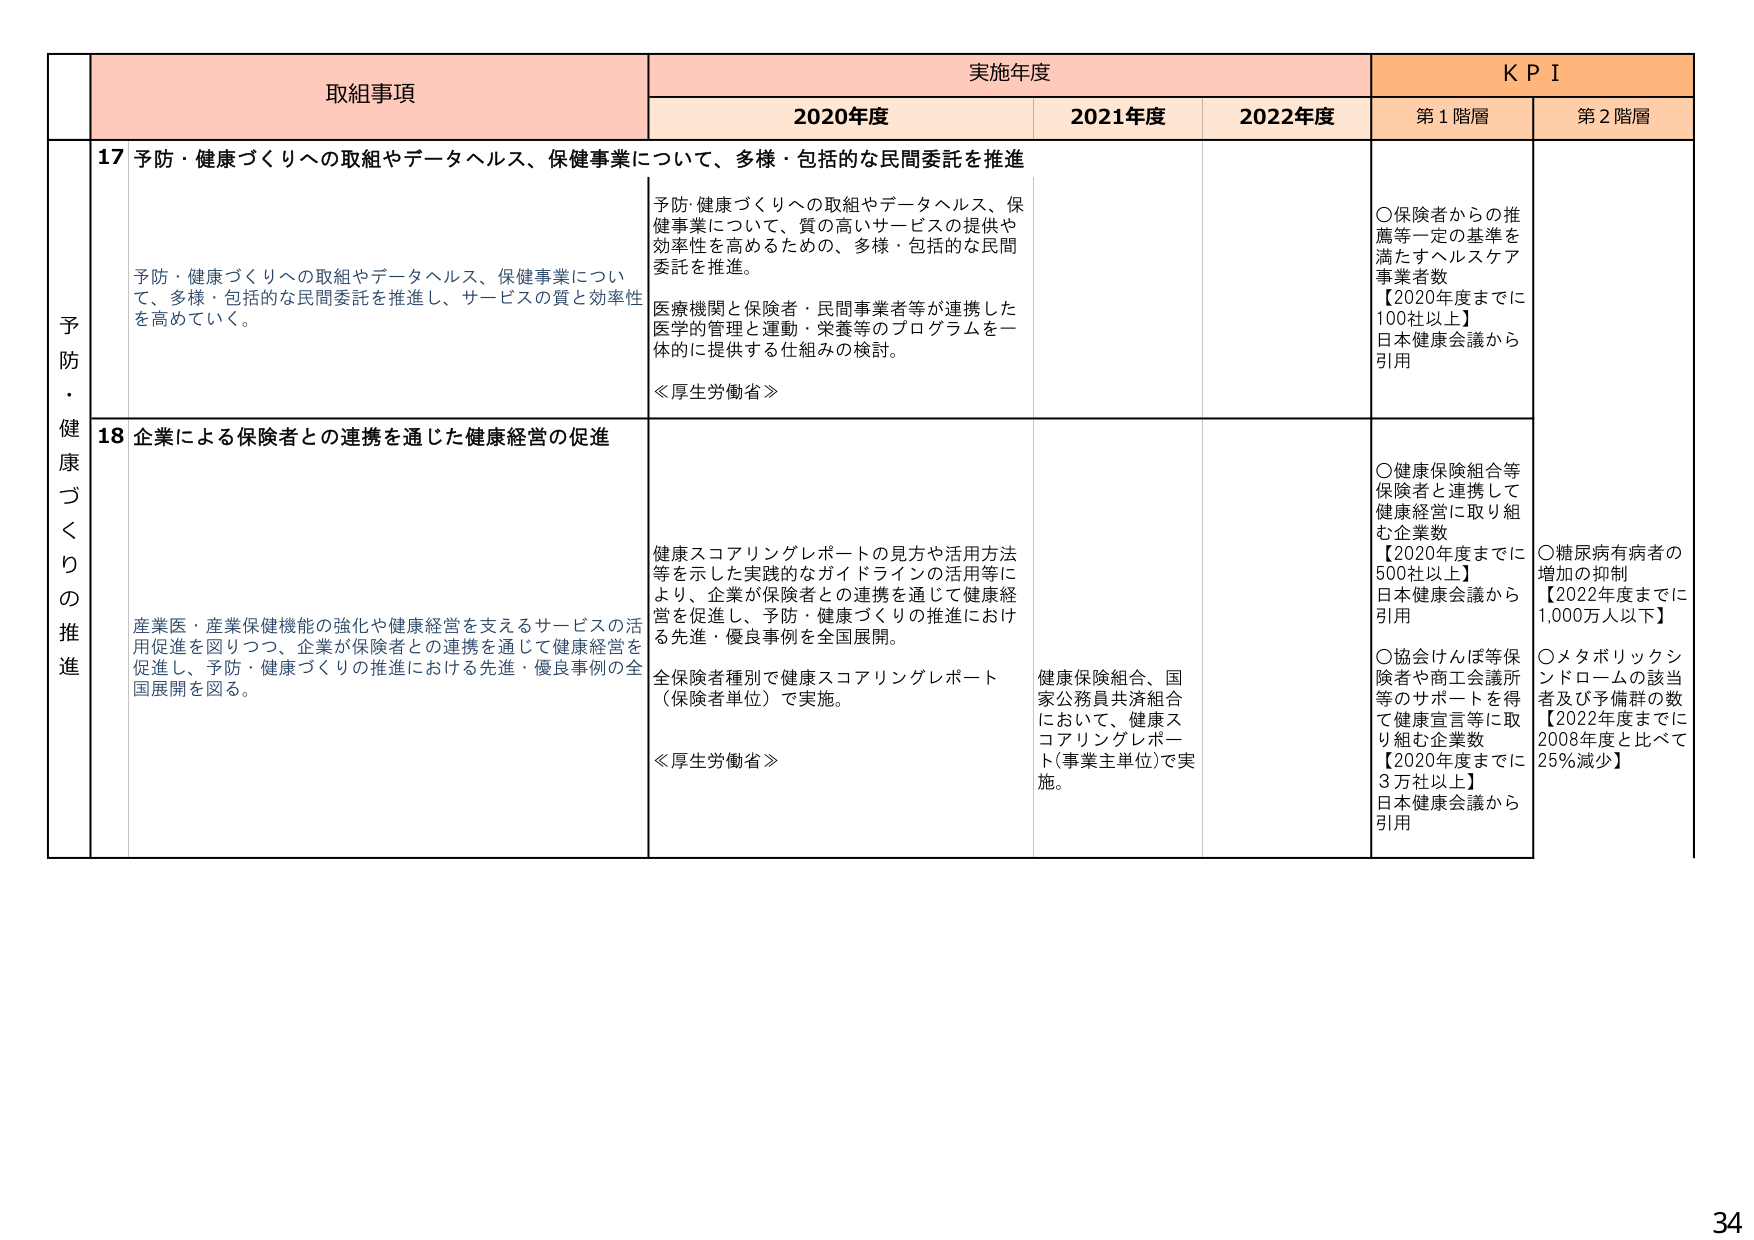
予防・健康づくりの推進

取組事項

実施年度

KPI

2020年度

2021年度

2022年度

第1階層

第2階層

17 予防・健康づくりへの取組やデータヘルス、保健事業について、多様・包括的な民間委託を推進

予防・健康づくりへの取組やデータヘルス、保健事業について、多様・包括的な民間委託を推進し、サービスの質と効率性を高めていく。

予防・健康づくりへの取組やデータヘルス、保健事業について、質の高いサービスの提供や効率性を高めるための、多様・包括的な民間委託を推進。

医療機関と保険者・民間事業者等が連携した医学的管理と運動・栄養等のプログラムを一体的に提供する仕組みの検討。

≪厚生労働省≫

○保険者からの推薦等一定の基準を満たすヘルスケア事業者数
【2020年度までに100社以上】
日本健康会議から引用

18 企業による保険者との連携を通じた健康経営の促進

産業医・産業保健機能の強化や健康経営を支えるサービスの活用促進を図りつつ、企業が保険者との連携を通じて健康経営を促進し、予防・健康づくりの推進における先進・優良事例の全国展開を図る。

健康スコアリングレポートの見方や活用方法等を示した実践的なガイドラインの活用等により、企業が保険者との連携を通じて健康経営を促進し、予防・健康づくりの推進における先進・優良事例を全国展開。

全保険者種別で健康スコアリングレポート（保険者単位）で実施。

≪厚生労働省≫

健康保険組合、国家公務員共済組合において、健康スコアリングレポート（事業主単位）で実施。

○健康保険組合等保険者と連携して健康経営に取り組む企業数
【2020年度までに500社以上】
日本健康会議から引用

○協会けんぽ等保険者や商工会議所等のサポートを得て健康宣言等に取り組む企業数
【2020年度までに3万社以上】
日本健康会議から引用

○糖尿病有病者の増加の抑制
【2022年度までに1,000万人以下】

○メタボリックシンドロームの該当者及び予備群の数
【2022年度までに2008年度と比べて25%減少】

34